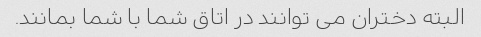
البته دختران می توانند در اتاق شما با شما بمانند.